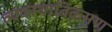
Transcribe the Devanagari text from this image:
व्यवस्थातिक्रमण